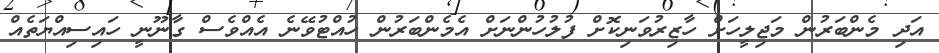
އަދި މެންބަރުން މަޖިލީހަށް ހާޒިރުވަނިކޮށް ފުލުހުންނަށް އެމެންބަރުން ހުއްޓުވޭނެ އެއްވެސް ގާނޫނީ ހައިސިއްޔަތެއް